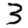
Digit: 3